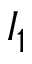
I _ { 1 }